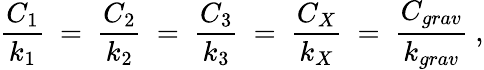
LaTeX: {\frac{C_{1}}{k_{1}}}~=~{\frac{C_{2}}{k_{2}}}~=~{\frac{C_{3}}{k_{3}}}~=~{\frac{C_{X}}{k_{X}}}~=~{\frac{C_{grav}}{k_{grav}}}~,